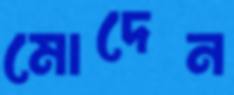
মোদেন